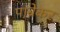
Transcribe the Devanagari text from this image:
पाब्रेकर